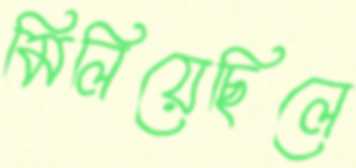
মিলিয়েছিলে